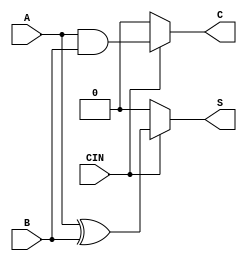
module conditional_half_adder (
    input wire A,     // First single-bit input
    input wire B,     // Second single-bit input
    input wire CIN,   // Control signal
    output wire S,    // Sum output
    output wire C     // Carry output
);

    // Combinational logic for Conditional Half-Adder
    assign S = (CIN) ? (A ^ B) : 1'b0; // Sum is A XOR B if CIN is 1, else 0
    assign C = (CIN) ? (A & B) : 1'b0; // Carry is A AND B if CIN is 1, else 0

endmodule